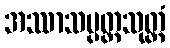
အဿာသပ္ပတ္တသုတ္တံ